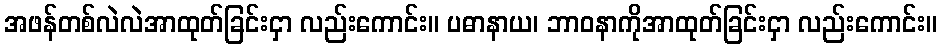
အဖန်တစ်လဲလဲအာထုတ်ခြင်းငှာ လည်းကောင်း။ ပဓာနာယ၊ ဘာဝနာကိုအာထုတ်ခြင်းငှာ လည်းကောင်း။